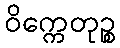
ဝိက္ကေတုဉ္စ